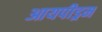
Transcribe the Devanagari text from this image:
आयपीड्रम